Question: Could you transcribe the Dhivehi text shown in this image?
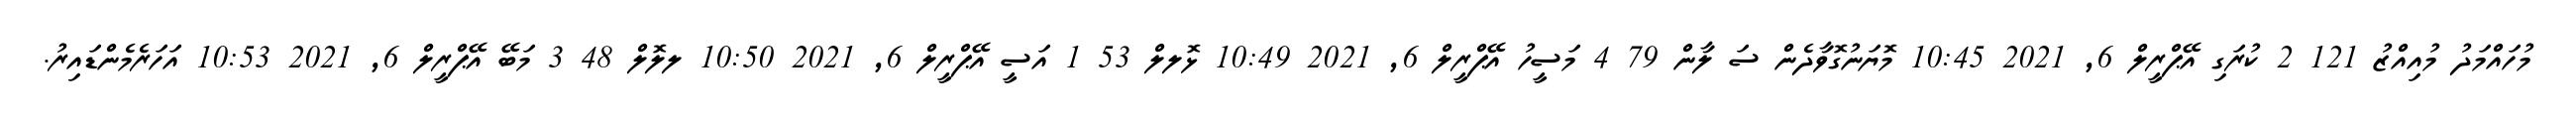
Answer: މުހައްމަދު މުއިއްޒު 121 2 ކުރަގި އޭޕްރީލް 6, 2021 10:45 މޮޔަނުގޮވާދެން ސަ ލާން 79 4 މަސީހު އޭޕްރީލް 6, 2021 10:49 ޅޮލލް 53 1 އަސީ އޭޕްރީލް 6, 2021 10:50 ލލޮލް 48 3 މަބޭ އޭޕްރީލް 6, 2021 10:53 އަހަރެމެންޑައިރު.